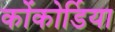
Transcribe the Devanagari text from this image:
कोंकोर्डिया